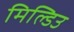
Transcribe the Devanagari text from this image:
मिल्डिउ